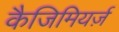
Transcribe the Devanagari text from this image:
कैजिमियर्ज़